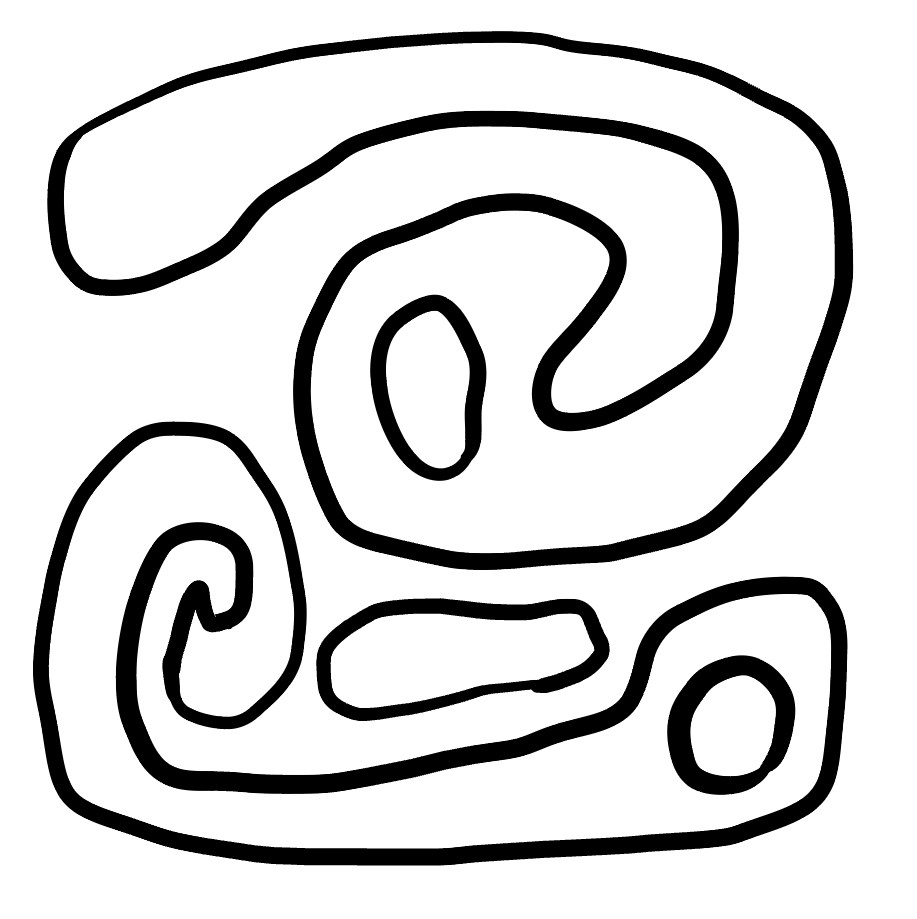
Number of regions (including the outer root region): 6
Containment tree edges (parent, child): 0, 1, 0, 2, 0, 4, 2, 3, 4, 5